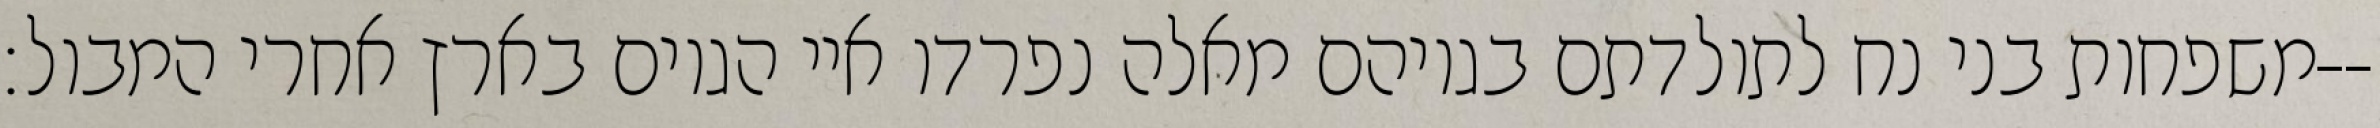
משפחות בני נח לתולדתם בגויהם מאלה נפרדו איי הגוים בארץ אחרי המבול׃--